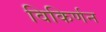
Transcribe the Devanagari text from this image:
विकिर्णन